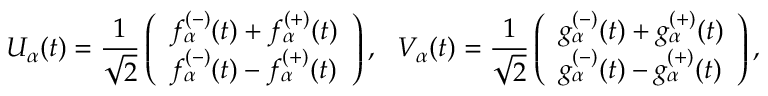
U _ { \alpha } ( t ) = \frac { 1 } { \sqrt { 2 } } \left( \begin{array} { l } { { f _ { \alpha } ^ { ( - ) } ( t ) + f _ { \alpha } ^ { ( + ) } ( t ) } } \\ { { f _ { \alpha } ^ { ( - ) } ( t ) - f _ { \alpha } ^ { ( + ) } ( t ) } } \end{array} \right) , ~ ~ V _ { \alpha } ( t ) = \frac { 1 } { \sqrt { 2 } } \left( \begin{array} { l } { { g _ { \alpha } ^ { ( - ) } ( t ) + g _ { \alpha } ^ { ( + ) } ( t ) } } \\ { { g _ { \alpha } ^ { ( - ) } ( t ) - g _ { \alpha } ^ { ( + ) } ( t ) } } \end{array} \right) ,